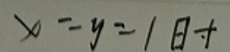
$x - y = 1$